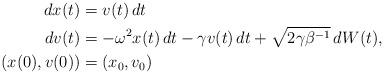
LaTeX: \begin{align*}dx(t)&=v(t)\,dt\\d v(t)&=-\omega^2 x(t)\,dt-\gamma v(t)\,dt+\sqrt{2\gamma\beta^{-1}}\,dW(t),\\(x(0),v(0))&=(x_0,v_0)\end{align*}